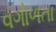
વગોળતા